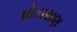
ઘોડાસણ